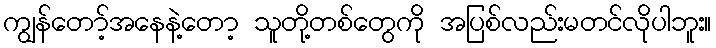
ကျွန်တော့်အနေနဲ့တော့ သူတို့တစ်တွေကို အပြစ်လည်းမတင်လိုပါဘူး။